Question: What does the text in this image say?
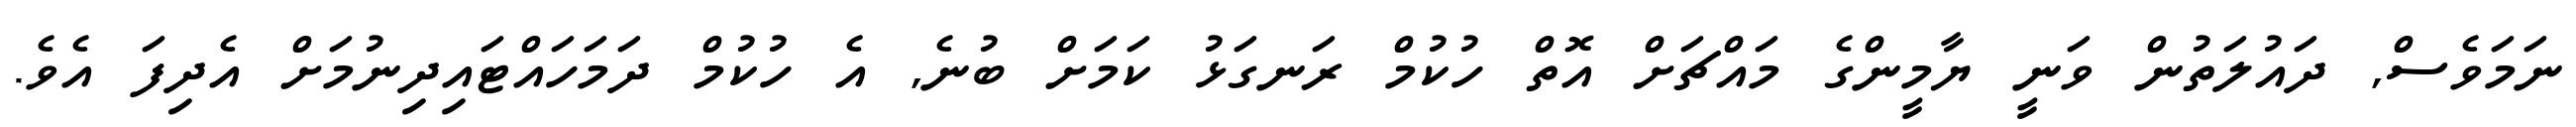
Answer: ނަމަވެސް, ދައުލަތުން ވަނީ ޔާމީންގެ މައްޗަށް އޮތް ހުކުމް ރަނގަޅު ކަމަށް ބުނެ, އެ ހުކުމް ދަމަހައްޓައިދިނުމަށް އެދިފަ އެވެ.